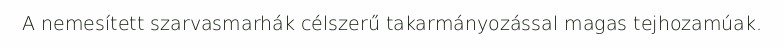
A nemesített szarvasmarhák célszerű takarmányozással magas tejhozamúak.